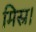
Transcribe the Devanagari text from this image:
मिस्र।